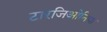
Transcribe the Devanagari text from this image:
टारजिओनिया